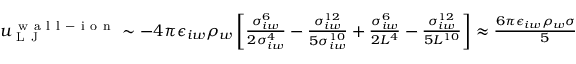
\begin{array} { r } { u _ { \mathrm { ~ L ~ J ~ } } ^ { \mathrm { ~ w ~ a ~ l ~ l ~ - ~ i ~ o ~ n ~ } } \sim - 4 \pi \epsilon _ { i w } \rho _ { w } \left[ \frac { \sigma _ { i w } ^ { 6 } } { 2 \sigma _ { i w } ^ { 4 } } - \frac { \sigma _ { i w } ^ { 1 2 } } { 5 \sigma _ { i w } ^ { 1 0 } } + \frac { \sigma _ { i w } ^ { 6 } } { 2 L ^ { 4 } } - \frac { \sigma _ { i w } ^ { 1 2 } } { 5 L ^ { 1 0 } } \right] \approx \frac { 6 \pi \epsilon _ { i w } \rho _ { w } \sigma _ { i w } ^ { 2 } } { 5 } } \end{array}